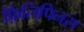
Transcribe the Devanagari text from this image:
फ़िलिपिनस